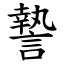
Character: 謺